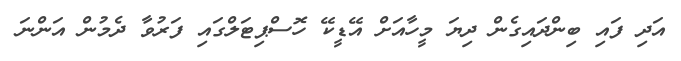
އަދި ފައި ބިންދައިގެން ދިޔަ މީހާއަށް އޭޑީކޭ ހޮސްޕިޓަލްގައި ފަރުވާ ދެމުން އަންނަ